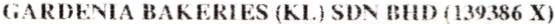
GARDENIA BAKERIES (KL) SDN BHD (139386 X)